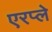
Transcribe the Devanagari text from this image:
एरप्ले